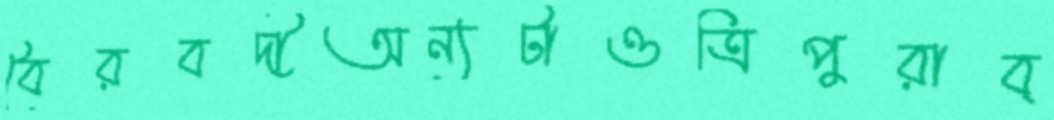
বৈরবদীঅন্যটাওত্রিপুরাব্